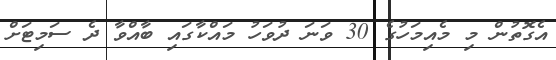
އެގޮތުން މި މެއިމަހުގެ 30 ވަނަ ދުވަހު މައްކާގައި ބާއްވާ ދެ ސަމިޓަށް